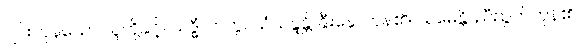
ပျင်းကုန်သော သူတို့နှင့်။ သဒ္ဓိံ၊ တကွ။ သံသန္ဒန္တိ၊ နှီးနှောကုန်၏။ သမေန္တိ၊ ညီညွတ်ကုန်၏။